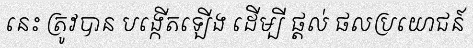
នេះ ត្រូវបាន បង្កើតឡើង ដើម្បី ផ្តល់ ផលប្រយោជន៍